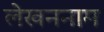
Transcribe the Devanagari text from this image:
लेखननाम